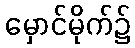
မှောင်မိုက်၌